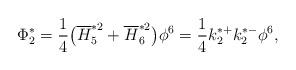
LaTeX: \begin{align*}\Phi^{*}_{2}=\frac{1}{4}\big(\overline{H}^{*2}_5+\overline{H}^{*2}_6\big)\phi^6=\frac{1}{4}{k}^{*+}_{2}{k}^{*-}_{2}\phi^6,\end{align*}